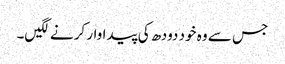
جس سے وہ خود دودھ کی پیداوار کرنے لگیں۔